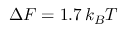
\Delta { \cal F } = 1 . 7 \, k _ { B } T